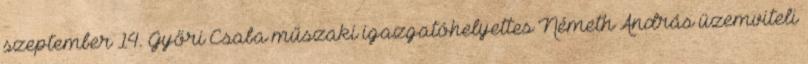
szeptember 14. Győri Csaba műszaki igazgatóhelyettes Németh András üzemviteli